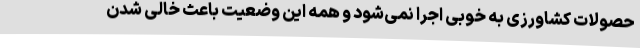
حصولات کشاورزی به خوبی اجرا نمی‌شود و همه این وضعیت باعث خالی شدن